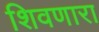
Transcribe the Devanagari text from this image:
शिवणारा